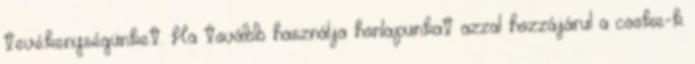
tevékenységünket. Ha tovább használja honlapunkat azzal hozzájárul a cookie-k